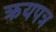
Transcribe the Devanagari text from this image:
क्रयपत्र